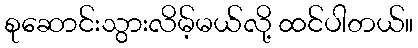
စုဆောင်းသွားလိမ့်မယ်လို့ ထင်ပါတယ်။